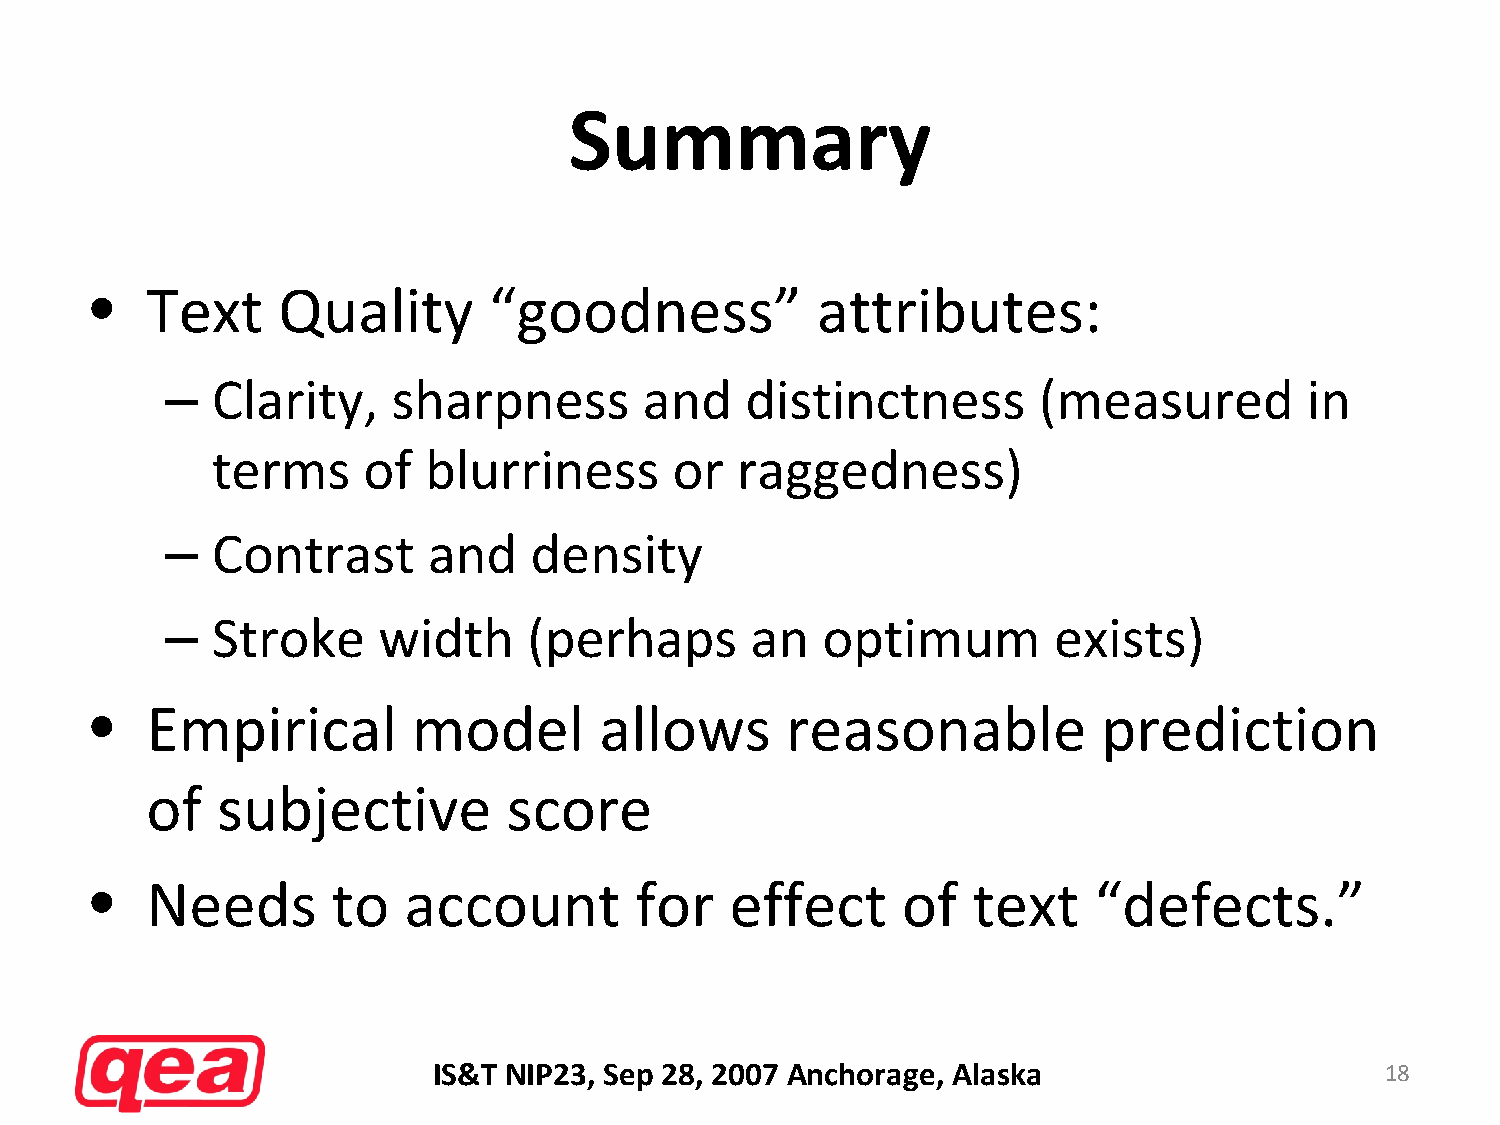
Summary
 •   Text    Quality       “goodness”            attributes:
 –  Clarity,    sharpness        and   distinctness        (measured        in
 terms     of  blurriness      or   raggedness)
 –  Contrast      and    density
 –  Stroke     width     (perhaps       an  optimum         exists)
 •   Empirical        model        allows      reasonable           prediction
 of  subjective          score
 •   Needs       to   account        for   effect      of  text    “defects.”
 IS&T NIP23, Sep 28, 2007 Anchorage, Alaska                     18